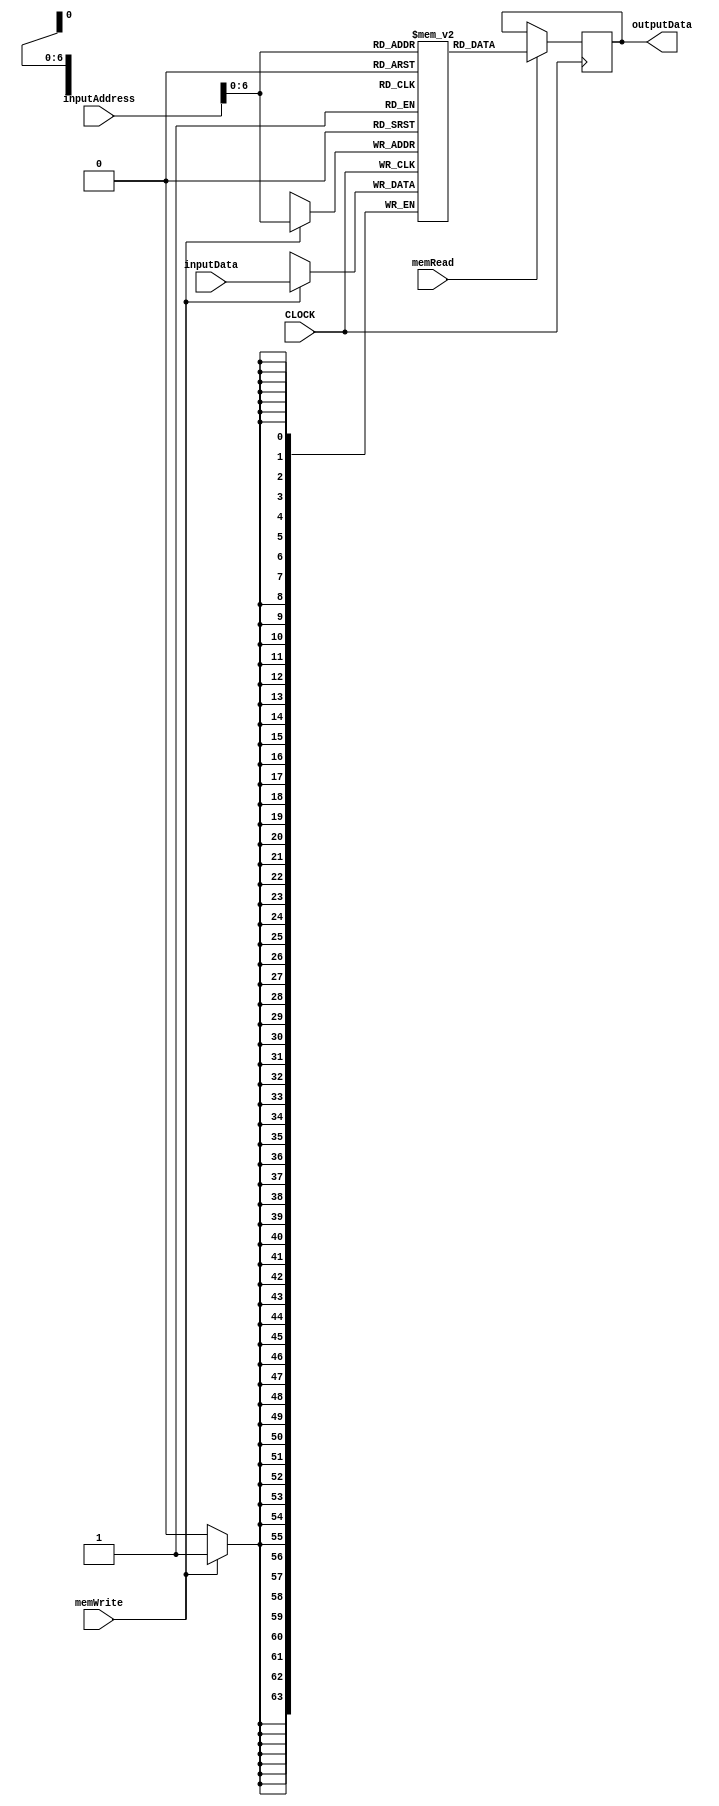
`timescale 1ns / 1ps

module DataMemory
(
	input CLOCK,
	input [63:0] inputAddress,
	input [63:0] inputData,
	input memRead,
	input memWrite,
	output reg [63:0] outputData
);

	reg [63:0] memoryData[127:0];
	initial begin
		memoryData[0]  = 64'd0;
		memoryData[8]  = 64'd1;
		memoryData[16] = 64'd2;
		memoryData[24] = 64'd3;
		memoryData[32] = 64'd4;
		memoryData[40] = 64'd5;
		memoryData[48] = 64'd6;
		memoryData[56] = 64'd7;
		memoryData[64] = 64'd8;
		memoryData[72] = 64'd9;
		memoryData[80] = 64'd10;
		memoryData[88] = 64'd11;
		memoryData[96] = 64'd12;
	end

	always @(posedge CLOCK) begin
		if (memWrite == 1) begin
			memoryData[inputAddress] <= inputData;
		end
	end

	always @(negedge CLOCK) begin
		if (memRead == 1) begin
			outputData <= memoryData[inputAddress];
		end
	end
endmodule